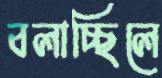
বলাচ্ছিলে